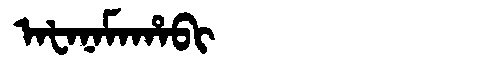
Manchu: ᠠᡶᠠᠨᠠᠮᠠᡥᠠᠪᡳ
Romanization: AFANAMAHABI